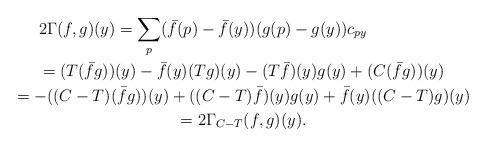
LaTeX: \begin{gather*}2\Gamma(f,g)(y)=\sum\limits_{p} (\bar f(p)-\bar f(y))(g(p)-g(y))c_{py}\\\phantom{2\Gamma(f,g)(y)}=(T(\bar f g))(y)-\bar f(y)(Tg)(y)-(T\bar f)(y)g(y)+(C(\bar f g))(y)\\\phantom{2\Gamma(f,g)(y)}=-((C-T)(\bar f g))(y)+((C-T)\bar f)(y) g(y)+\bar f(y)((C-T)g)(y)\\\phantom{2\Gamma(f,g)(y)}=2\Gamma_{C-T}(f, g)(y).\end{gather*}